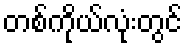
တစ်ကိုယ်လုံးတွင်